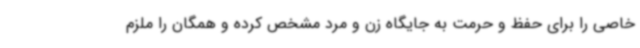
خاصی را برای حفظ و حرمت به جایگاه زن و مرد مشخص کرده و همگان را ملزم